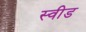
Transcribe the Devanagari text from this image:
स्वीड